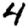
Digit: 4